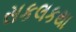
સકલકથા